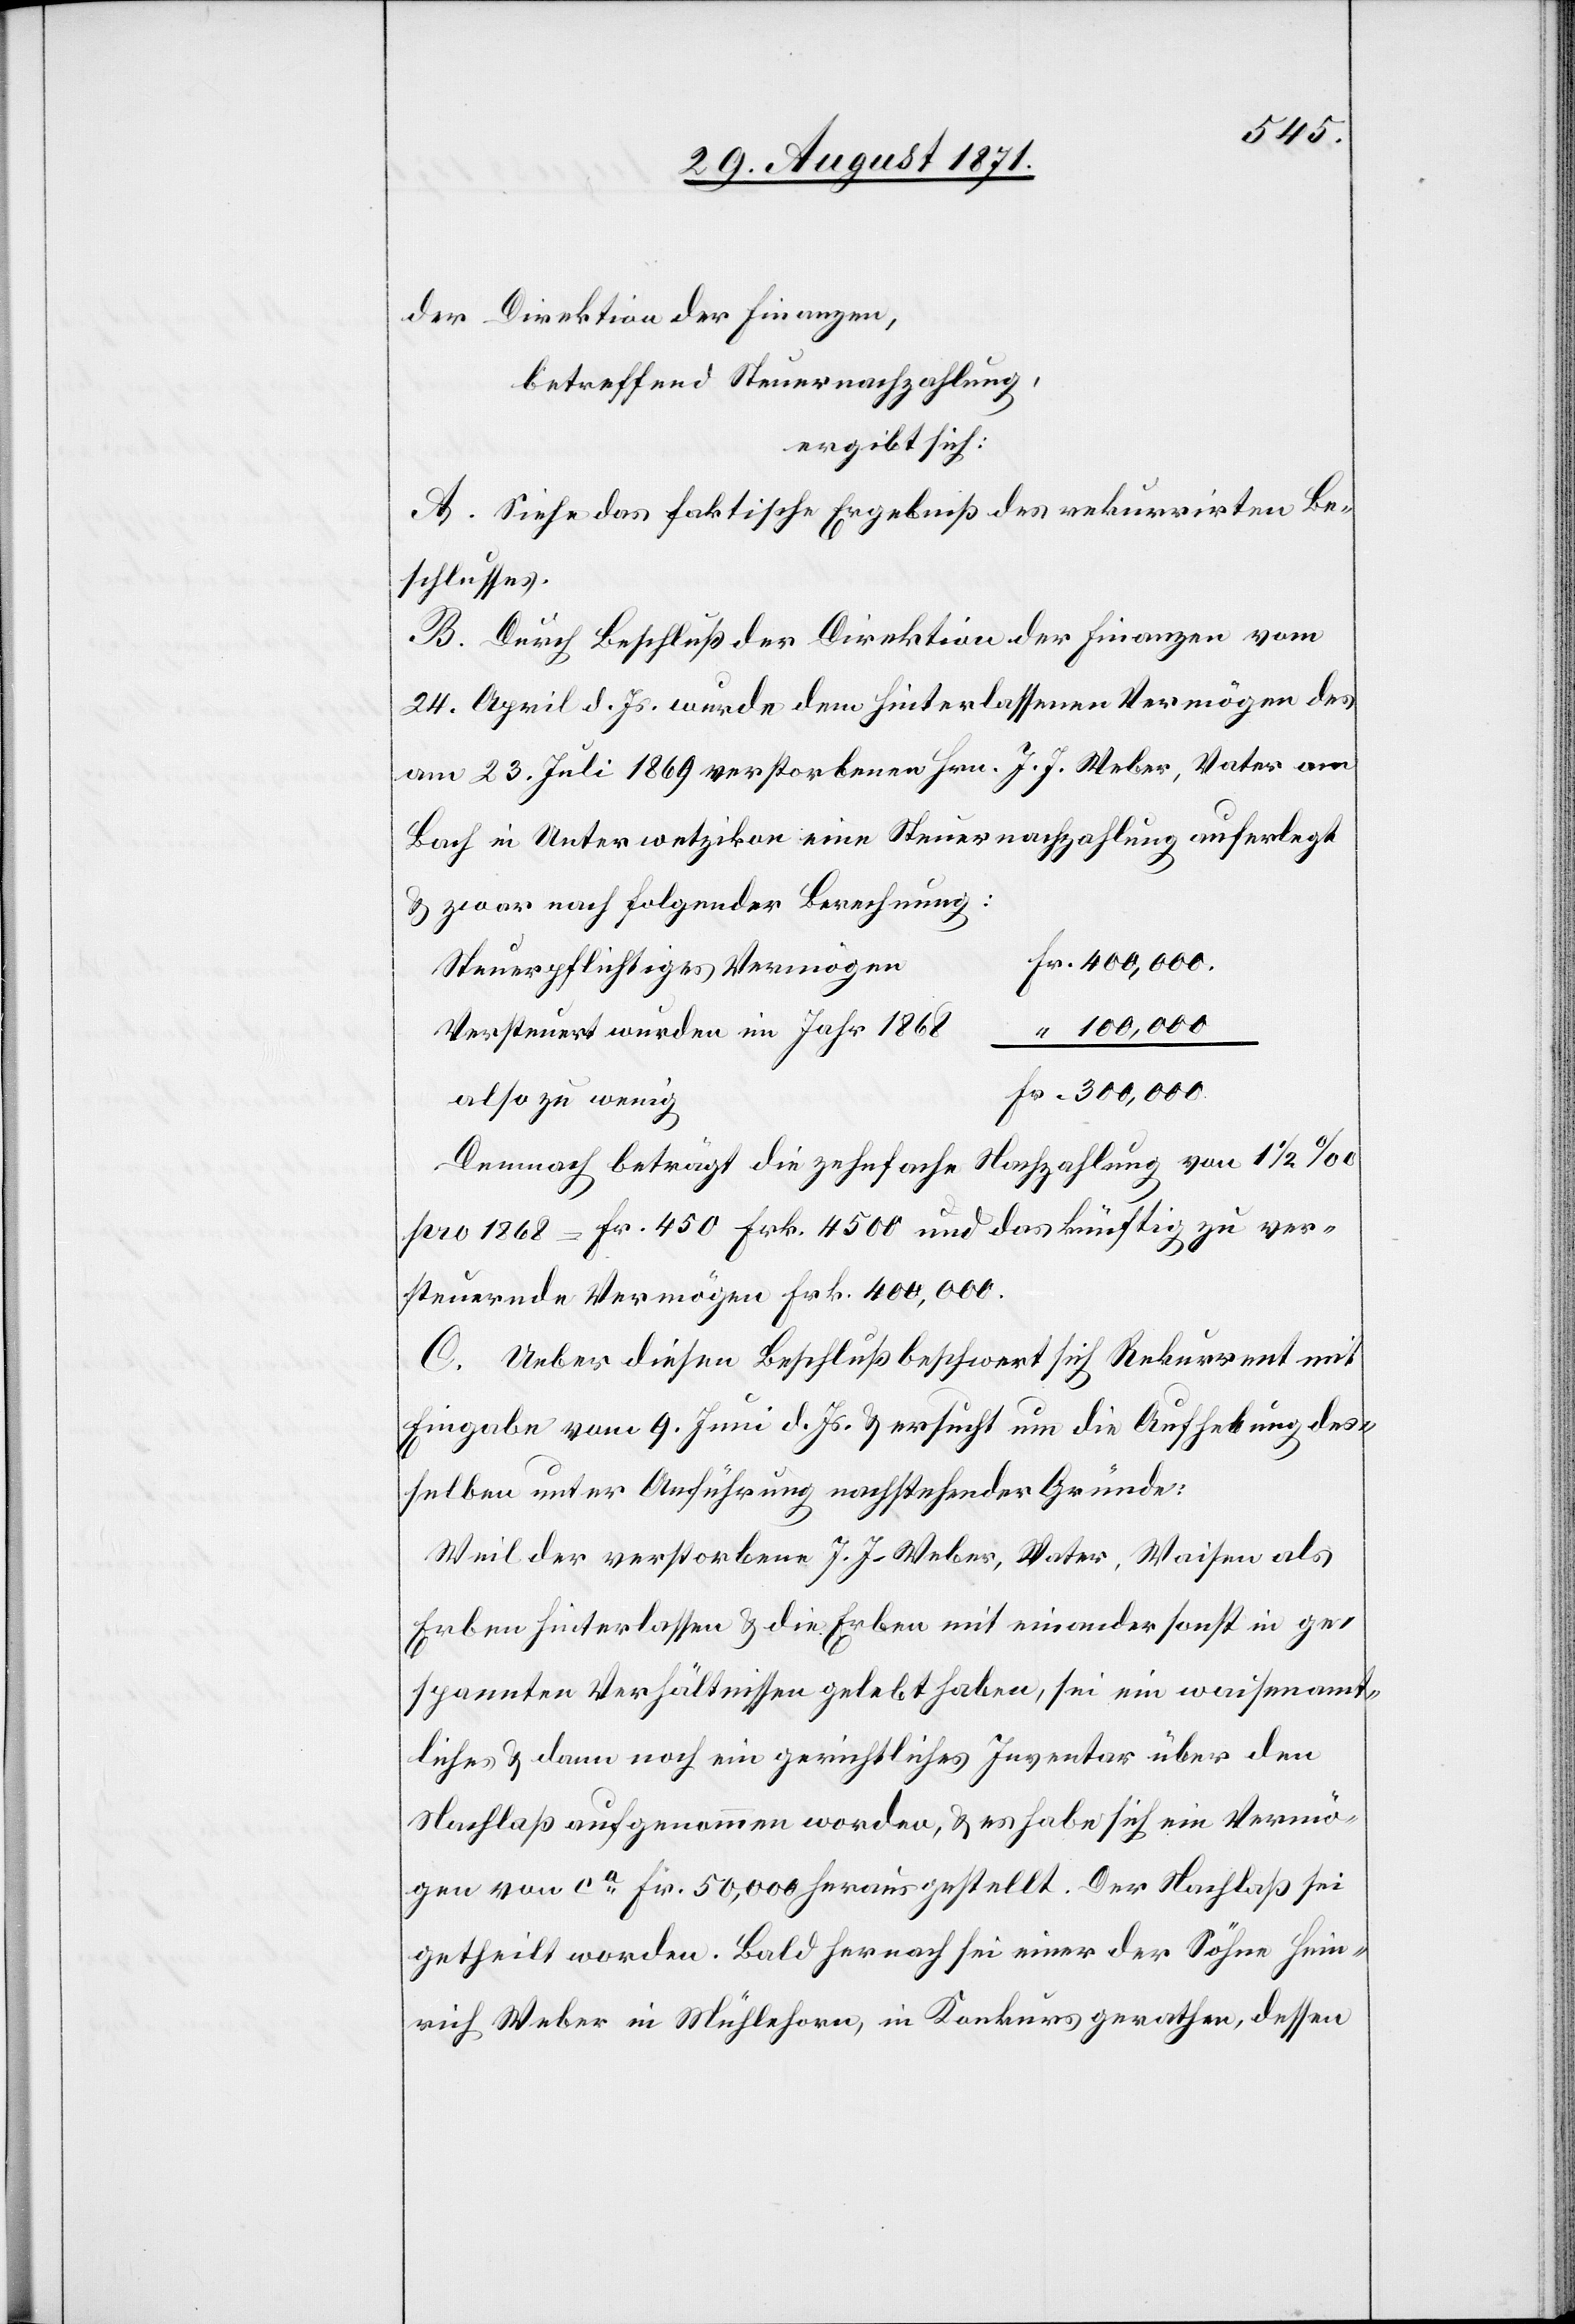
der Direktion der Finanzen,
betreffend Steuernachzahlung,
ergibt sich:
A. Siehe das faktische Ergebniß des rekurrirten Be¬
schlusses.
B. Durch Beschluß der Direktion der Finanzen vom
24. April d. Js. wurde dem hinterlassenen Vermögen des
am 23. Juli 1869 verstorbenen Hrn. J. J. Weber, Vater am
Bach in Unterwetzikon eine Steuernachzahlung auferlegt
& zwar nach folgender Berechnung:
Steuerpflichtiges Vermögen
100,000
Versteuert wurden im Jahr 1868
300,000
also zu wenig
Demnach beträgt die zehnfache Nachzahlung von 1 1/2
pro 1868 = Fr. 450 Frk. 4500 [?] und das künftig zu ver¬
steuernde Vermögen Frk. 400,000.
C. Ueber diesen Beschluß beschwert sich Rekurrent mit
Eingabe vom 9. Juni d. Js. & ersucht um die Aufhebung des¬
selben unter Anführung nachstehender Gründe:
Weil der verstorbene J. J. Weber, Vater, Waisen als
Erben hinterlassen & die Erben mit einander sonst in ge¬
spannten Verhältnissen gelebt haben, sei ein waisenamt¬
liches & dann noch ein gerichtliches Inventar über den
Nachlaß aufgenommen worden, & es habe sich ein Vermö¬
gen von ca Fr. 50,000 heraus gestellt. Der Nachlaß sei
getheilt worden. Bald hernach sei einer der Söhne Hein¬
rich Weber in Mühlehorn, in Konkurs gerathen, dessen